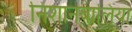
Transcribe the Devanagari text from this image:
निशानवालिया